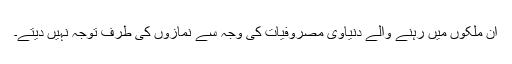
ان ملکوں میں رہنے والے دنیاوی مصروفیات کی وجہ سے نمازوں کی طرف توجہ نہیں دیتے۔